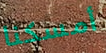
أمسكنا